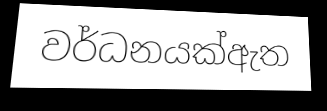
වර්ධනයක්ඇත